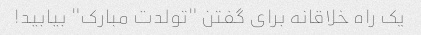
یک راه خلاقانه برای گفتن "تولدت مبارک" بیابید!